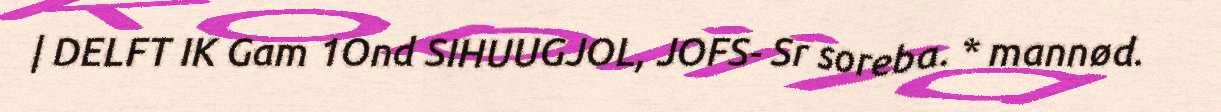
| DELFT IK Gam 1Ond SIHUUGJOL, JOFS- Sr soreba. * mannød.